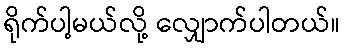
ရိုက်ပါ့မယ်လို့ လျှောက်ပါတယ်။